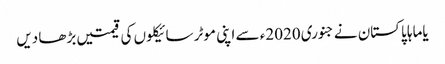
یاماہا پاکستان نے جنوری 2020ء سے اپنی موٹر سائیکلوں کی قیمتیں بڑھا دیں